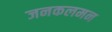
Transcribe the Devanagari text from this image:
जनकलमन